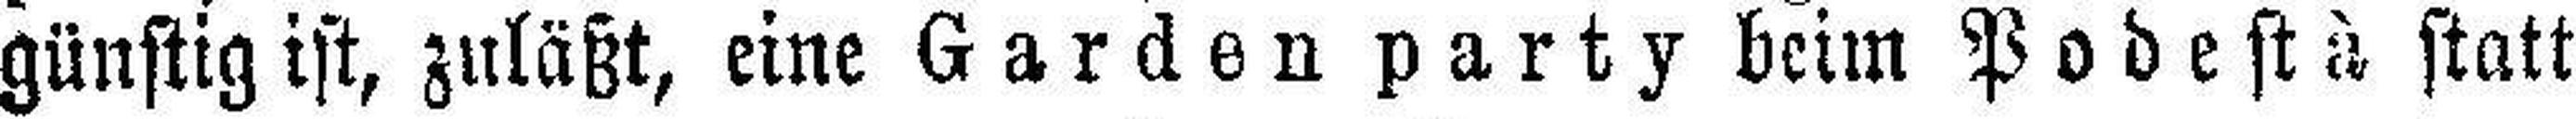
günstig ist, zuläßt, eine Garden party beim Podestà statt